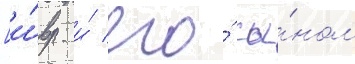
[и́вр. и́ его́ сы́ном